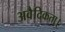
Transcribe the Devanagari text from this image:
अवैदिकता।